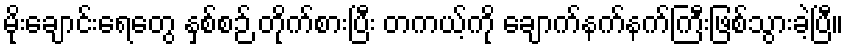
မိုးချောင်းရေတွေ နှစ်စဉ် တိုက်စားပြီး တကယ့်ကို ချောက်နက်နက်ကြီးဖြစ်သွားခဲ့ပြီ။